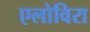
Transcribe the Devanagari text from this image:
एलोविरा